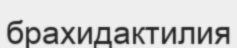
брахидактилия